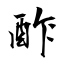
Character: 酢